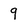
Character: 9